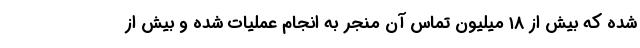
شده که بیش از ۱۸ میلیون تماس آن منجر به انجام عملیات شده و بیش از